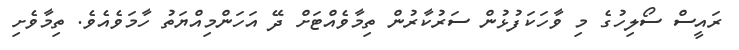
ރައީސް ސޯލިހުގެ މި ވާހަކަފުޅުން ސަރުކާރުން ތިމާވެއްޓަށް ދޭ އަހަންމިއްޔަތު ހާމަވެއެވެ. ތިމާވެށި